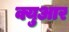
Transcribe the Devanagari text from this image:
क्युआर